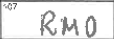
Transcription: RMO